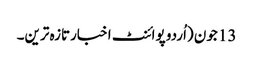
13 جون (اُردو پوائنٹ اخبارتازہ ترین۔